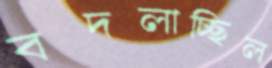
বদলাচ্ছিল